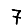
Digit: 7